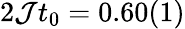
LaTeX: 2\mathcal{J}t_{0}=0.60(1)